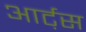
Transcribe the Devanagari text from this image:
आर्ट़स